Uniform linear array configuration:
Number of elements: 4
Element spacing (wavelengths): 0.25
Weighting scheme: exponential
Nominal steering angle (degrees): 30
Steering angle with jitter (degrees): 29.957
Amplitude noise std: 0.05
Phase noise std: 0.05

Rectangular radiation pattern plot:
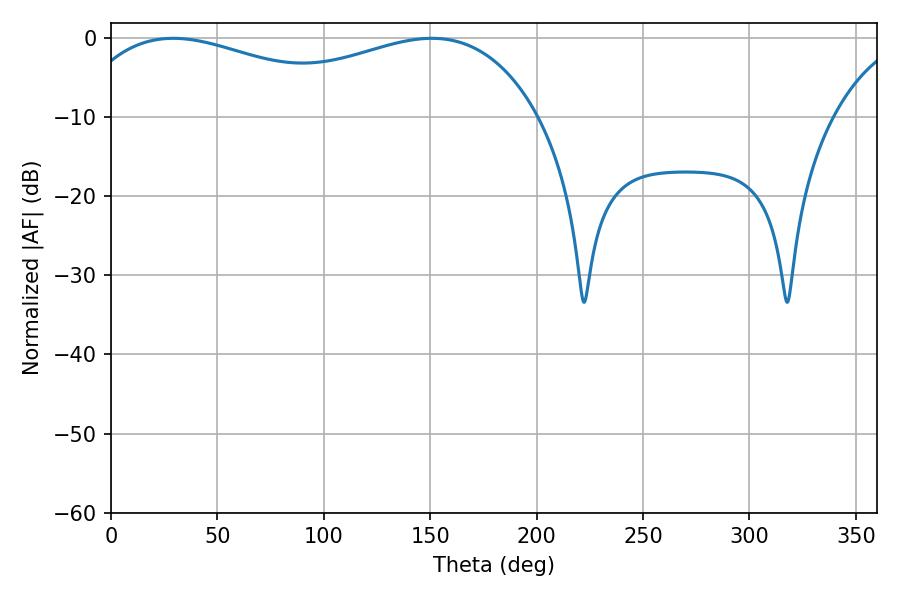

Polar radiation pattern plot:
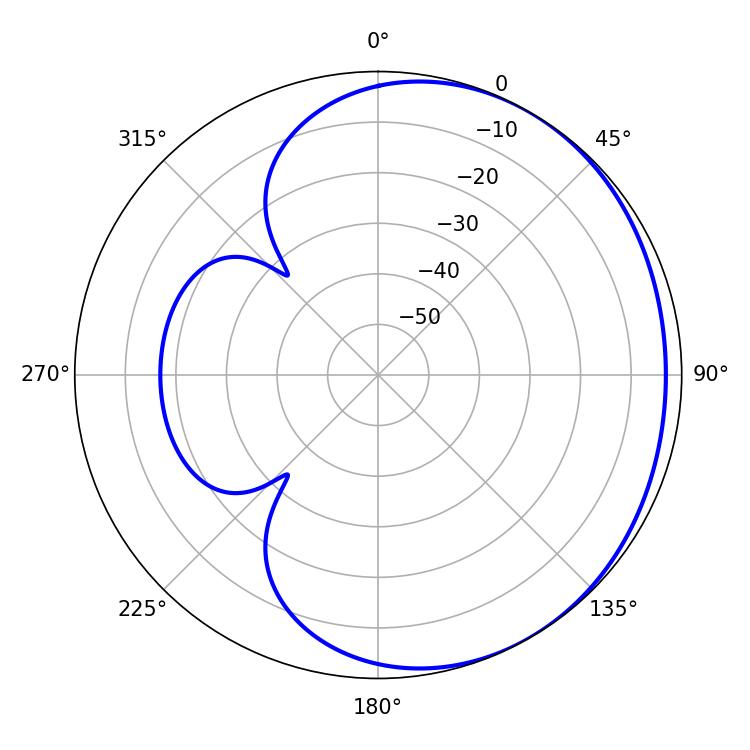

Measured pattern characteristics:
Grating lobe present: FALSE
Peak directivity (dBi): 1.664
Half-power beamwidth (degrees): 82.08
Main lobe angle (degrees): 29.16